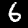
Digit: 6